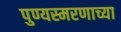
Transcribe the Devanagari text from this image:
पुण्यस्मरणाच्या